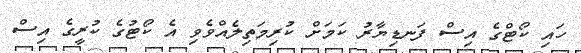
ހައި ކޯޓްގެ އިސް ފަނޑިޔާރު ކަމަށް ކުރިމަތިލެއްވެވި އެ ކޯޓުގެ ކުރީގެ އިސް